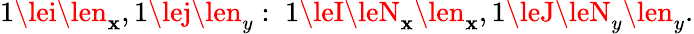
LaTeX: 1\lei\len_{\mathbf{x}},1\lej\len_{y}:\; 1\leI\leN_{\mathbf{x}}\len_{\mathbf{x}},1\leJ\leN_{y}\len_{y}.